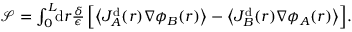
\begin{array} { r } { \mathcal { S } = \int _ { 0 } ^ { L } \! \! \mathrm { d } r \frac { \delta } { \epsilon } \, \Big [ \! \left\langle J _ { A } ^ { \mathrm { d } } ( r ) \nabla \phi _ { B } ( r ) \right\rangle - \left\langle J _ { B } ^ { \mathrm { d } } ( r ) \nabla \phi _ { A } ( r ) \right\rangle \! \Big ] . } \end{array}